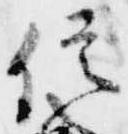
信